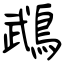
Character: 鵡